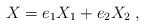
\begin{align*} X=e_1X_1+e_2X_2\;,\end{align*}